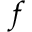
f